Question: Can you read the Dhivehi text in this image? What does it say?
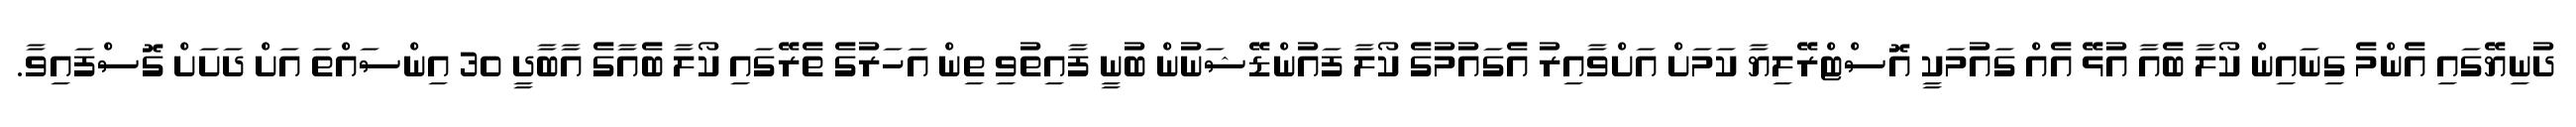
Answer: ދުނިޔޭގައި އެންމެ ގިނައިން ކޯލާ ބެއާ އުޅޭ އެއް ގައުމަކީ އޮސްޓްރޭލިޔާ ކަމަށް އަށްވާއިރު އެގައުމުގެ ކޯލާ ފައުންޑޭޝަނުން ބުނީ ފާއިތުވި ތިން އަހަރުގެ ތެރޭގައި ކޯލާ ބެއާގެ އާބާދީ 30 އިންސައްތަ އަށް ދަށަށް ގޮސްފައިވާ.